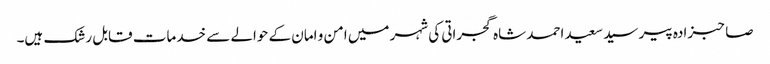
صاحبزادہ پیر سید سعید احمد شاہ گجراتی کی شہر میں امن و امان کے حوالے سے خدمات قابل رشک ہیں۔